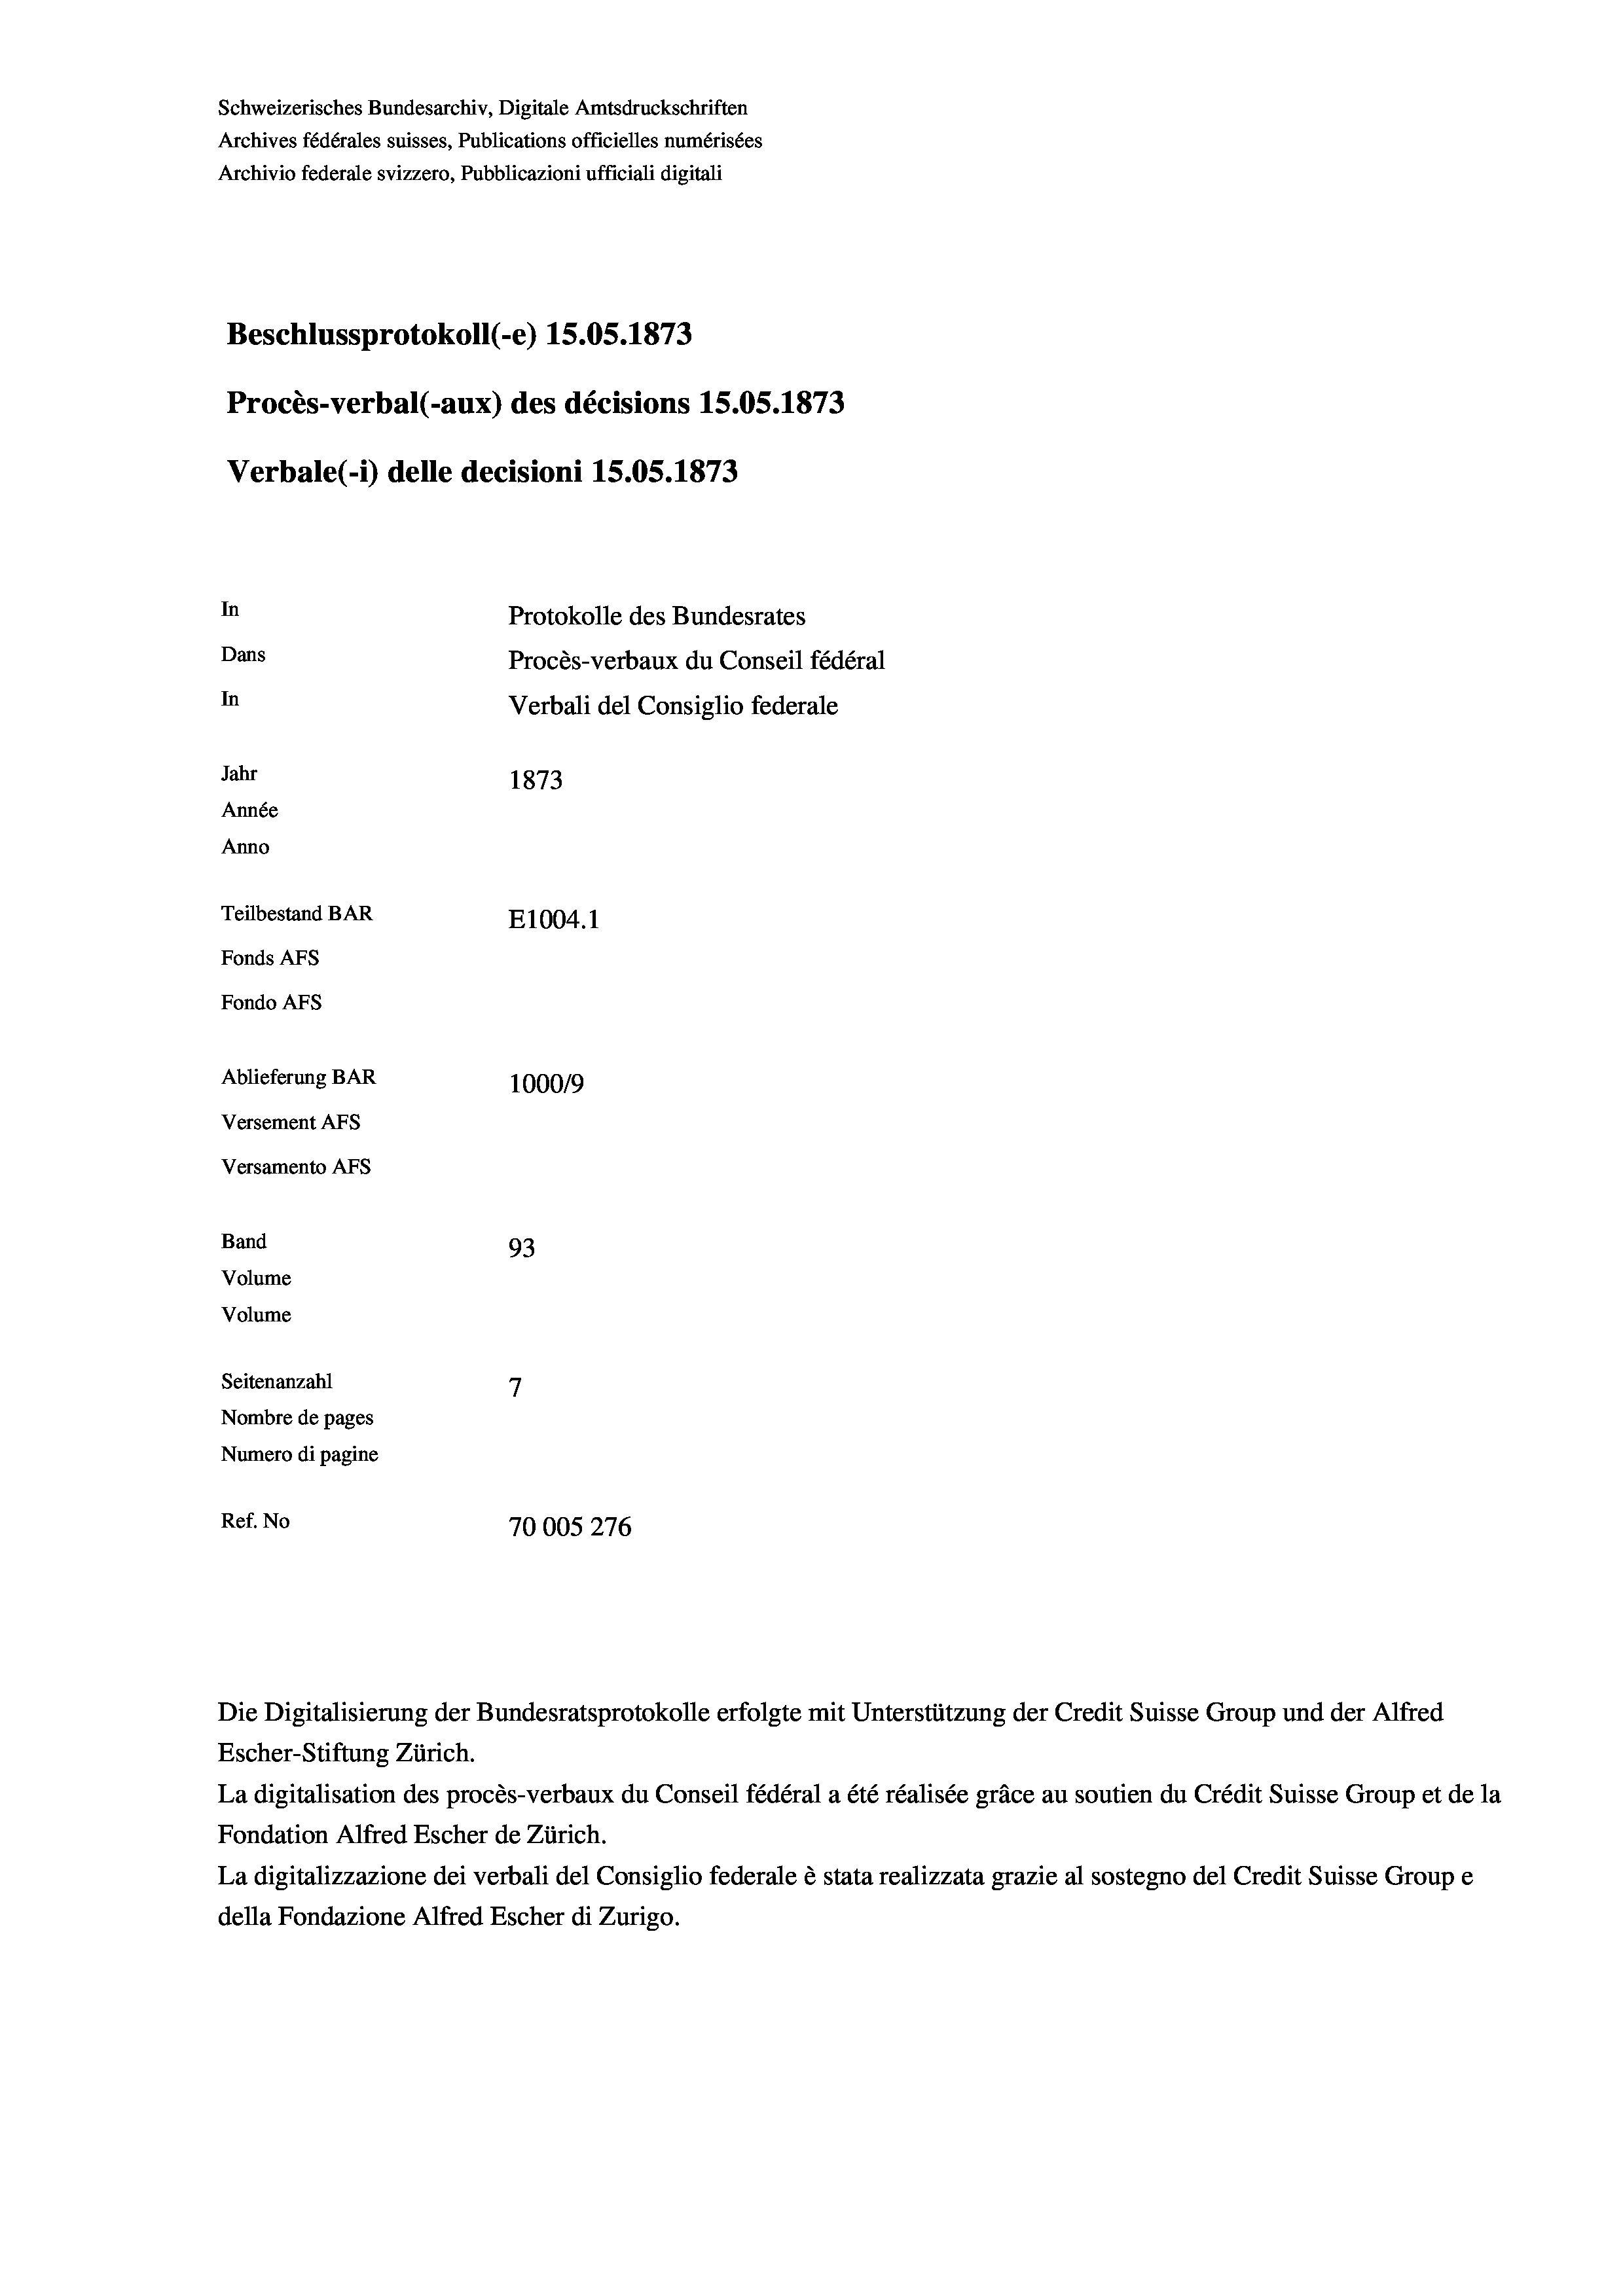
Schweizerisches Bundesarchiv, Digitale Amtsdruckschriften
Archives fédérales suisses, Publications officielles numérisées
Archivio federale svizzero, Pubblicazioni ufficiali digitali
Beschlussprotokoll (-e) 15.05. 1873
Procès-verbal (-aux) des décisions 15.05. 1873
Verbale (1) delle decisioni 15.05. 1873
In
Protokolle des Bundesrates
Dans
Procès-verbaux du Conseil fédéral
In
Verbali del Consiglio federale
Jahr
1873
Année
Anno
Teilbestand BAR
E1004.1
Fonds AFs
Fondo AFs
Ablieferung BAR
100019
Versement AFS
Versamento Afs

93
7
Seitenanzahl
Nombre de pages
Numero di pagine
Ref. No
70005276

Band
Volume
Volume

La digitalisation des procès-verbaux du Conseil fédéral a été réalisée gräce au soutien du Crédit Suisse Group et de la
Fondation Alfred Escher de Zürich.
La digitalizzazione dei verbali del Consiglio federale è stata realizzata grazie al sostegno del Credit Suisse Groupe
della Fondazione Alfred Escher di Zurigo.

Escher-Stiftung Zürich.

Die Digitalisierung der Bundesratsprotokolle erfolgte mit Unterstützung der Credit Suisse Group und der Alfred